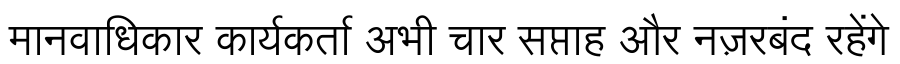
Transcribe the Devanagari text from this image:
मानवाधिकार कार्यकर्ता अभी चार सप्ताह और नज़रबंद रहेंगे